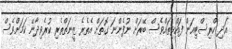
އަދި ކްރިސްޓިއަން ފައްޅިތައްވެސް ބޭރަށް ނުފެންނަ ގޮތަށް އެތެރެ ޒީނަތްތެރި ކުރެވިދާނޭ ކަމަށްވެސް